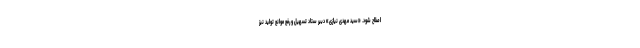
اصلاح شود. «سید مهدی نیازی» دبیر ستاد تسهیل و رفع موانع تولید نیز